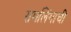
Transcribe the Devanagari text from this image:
रामलिंगाची